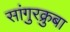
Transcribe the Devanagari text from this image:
सांगुरक्रुबा